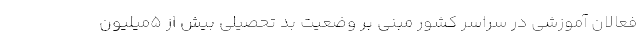
فعالان آموزشی در سراسر کشور مبنی بر وضعیت بد تحصیلی بیش از 5میلیون